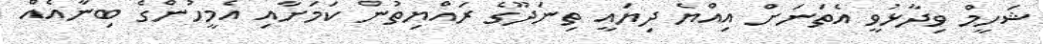
ޝަހީމް ވިދާޅުވީ އެތަނަށް އިއްޔެ ދިޔައީ ތިނަދޫގެ ރައްޔިތުން ކަމަށާއި އެމީހުންގެ ބިނާއެއް